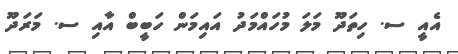
އެއީ ސ. ހިތަދޫ މަލަ މުހައްމަދު އައިމަން ހަބީބް އާއި ސ. މަރަދޫ